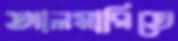
আলমারিতে